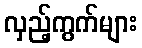
လှည့်ကွက်များ